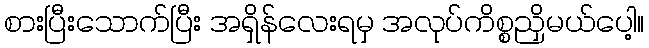
စားပြီးသောက်ပြီး အရှိန်လေးရမှ အလုပ်ကိစ္စညှိမယ်ပေါ့။